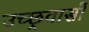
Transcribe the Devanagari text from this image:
उच्छ्रवासों